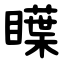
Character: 瞸